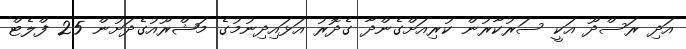
އަދި ރަސްދޫ އަކީ ސަރުކާރުން ކުރިއަށްގެންދާ ގެދޮރު އަޅައިދިނުމުގެ މަޝްރޫއުގެދަށުން 25 ފްލެޓް